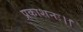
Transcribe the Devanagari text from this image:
प्रकाशनः।।